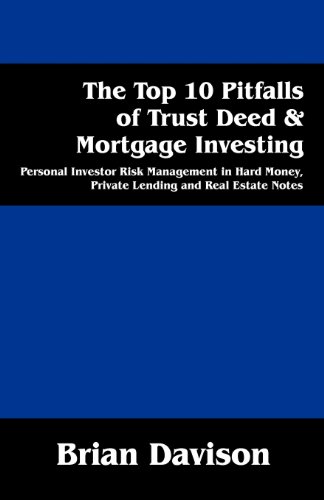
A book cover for The Top 10 Pitfalls of Trust Deed & Mortgage Investing: Personal Investor Risk Management in Hard Money, Private Lending and Real Estate Notes; Brian Davison; Business & Money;